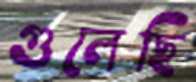
গুলেছি